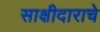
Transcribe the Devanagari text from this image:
साक्षीदाराचे